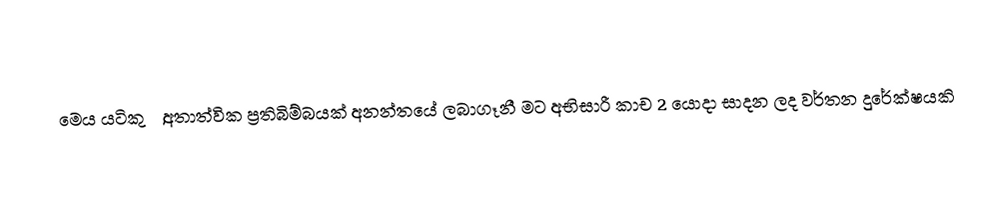
මෙය යටිකුරු,අතාත්වික ප්‍රතිබිම්බයක් අනන්තයේ ලබාගෑනී මට අභිසාරී කාච 2 යොදා සාදන ලද වර්තන දුරේක්ෂයකි